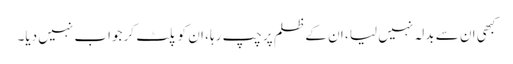
کبھی ان سے بدلہ نہیں لیا ، ان کے ظلم پر چپ رہا ، ان کو پلٹ کر جواب نہیں دیا۔